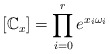
\begin{align*}[\mathbb C_x] = \prod_{i=0}^r e^{x_i \omega_i}\end{align*}